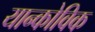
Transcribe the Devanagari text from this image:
यान्कोविक